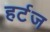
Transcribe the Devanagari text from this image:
हर्टज